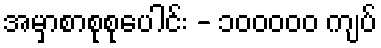
အမှာစာစုစုပေါင်း - ၁၀၀၀၀၀ ကျပ်